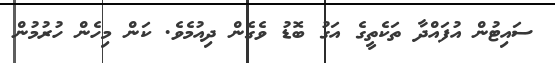
ސައިޓުން އުފައްދާ ތަކެތީގެ އަގު ބޮޑު ވެގެން ދިއުމެވެ. ކަން މިހެން ހުރުމުން